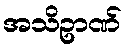
အသိဥာဏ်